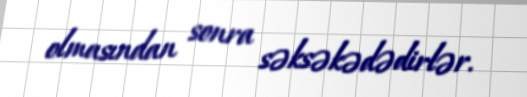
olmasından sonra səksəkədədirlər.